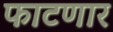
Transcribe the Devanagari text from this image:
फाटणार